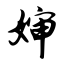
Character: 婶